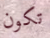
تكون